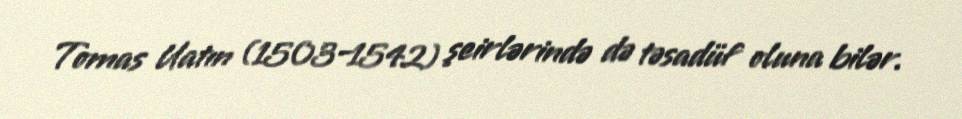
Tomas Uatın (1503–1542) şeirlərində də təsadüf oluna bilər.